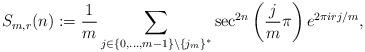
LaTeX: \begin{align*}S_{m,r}(n):=\frac{1}{m}\sum_{j\in\{0,\ldots, m-1\}\setminus\{j_m\}^\ast} \sec^{2n}\left(\frac{j }{m}\pi\right) e^{2\pi i r j/m},\end{align*}